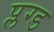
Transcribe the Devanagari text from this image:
प्लग्ड